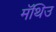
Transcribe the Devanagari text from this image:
मॅथिउ